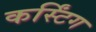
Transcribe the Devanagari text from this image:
कर्स्टिंग